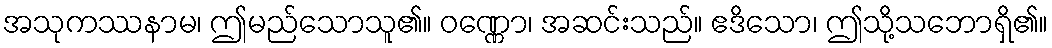
အသုကဿနာမ၊ ဤမည်သောသူ၏။ ဝဏ္ဏော၊ အဆင်းသည်။ ဧဒိသော၊ ဤသို့သဘောရှိ၏။